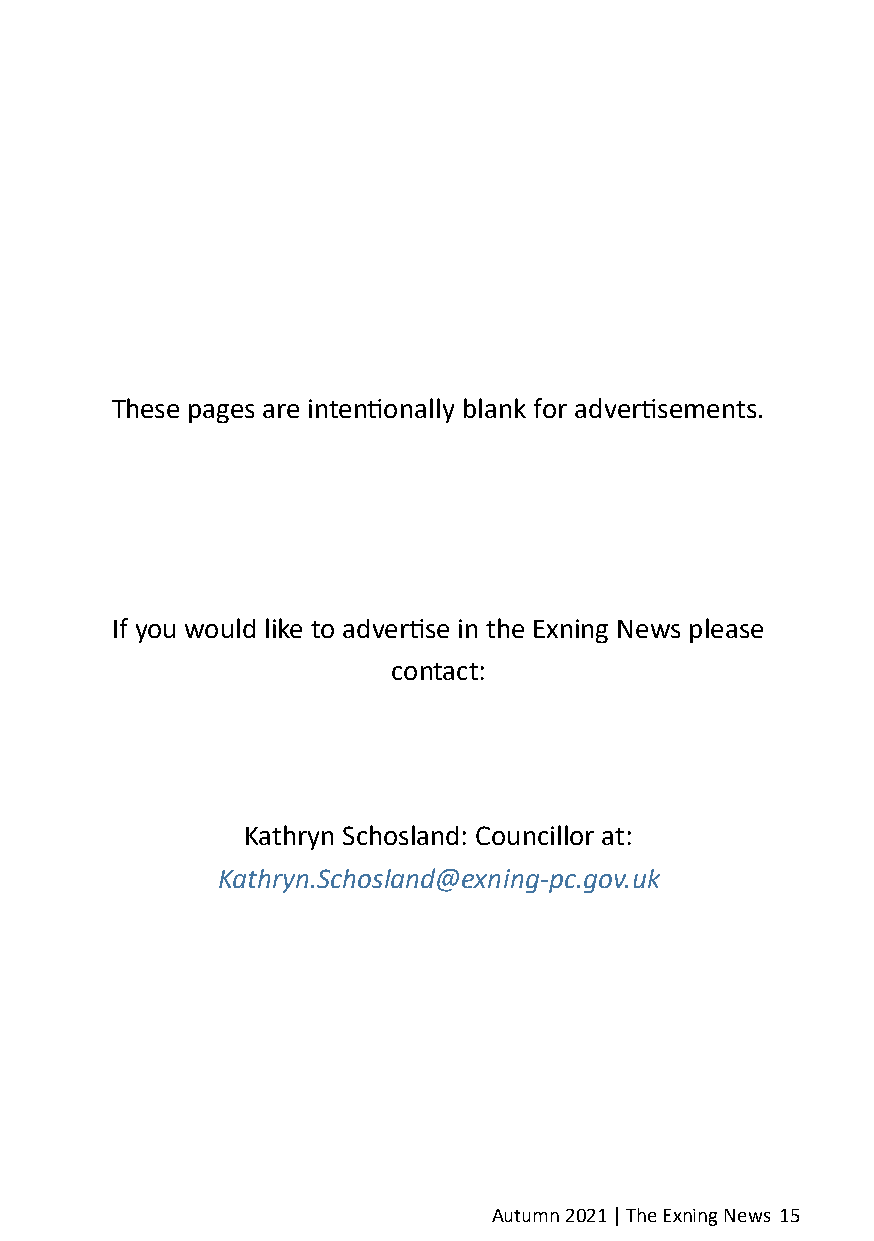
These pages are intentionally blank for advertisements.
 If you would like to advertise in the Exning News please
 contact:
 Kathryn Schosland: Councillor at:
 Kathryn.Schosland@exning-pc.gov.uk
 Autumn 2021 | The Exning News 15